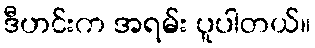
ဒီဟင်းက အရမ်း ပူပါတယ်။